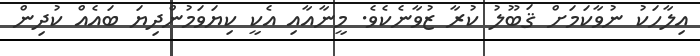
އިލާހަކު ނުވާކަމަށް ޤަބޫލު ކުރާ ޒުވާނެކެވެ. މީނާއާއި އެކީ ކިޔަވަމުންދިޔަ ބައެއް ކުދިން